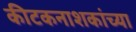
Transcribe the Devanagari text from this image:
कीटकनाशकांच्या